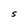
Character: S